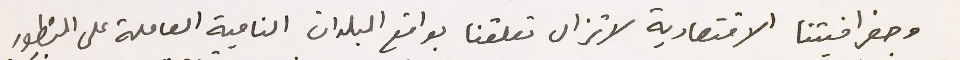
وجغرافيتنا الاقتصادية لا تزال تعلقنا بواقع البلدان النامية العاملة على التطور